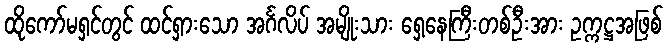
ထိုကော်မရှင်တွင် ထင်ရှားသော အင်္ဂလိပ် အမျိုးသား ရှေ့နေကြီးတစ်ဦးအား ဥက္ကဋ္ဌအဖြစ်